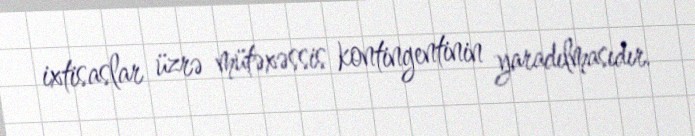
ixtisaslar üzrə mütəxəssis kontingentinin yaradılmasıdır.